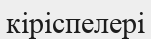
кіріспелері